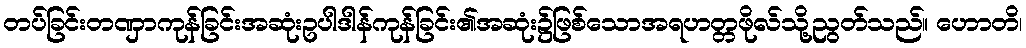
တပ်ခြင်းတဏှာကုန်ခြင်းအဆုံးဥပါဒါန်ကုန်ခြင်း၏အဆုံး၌ဖြစ်သောအရဟတ္တဖိုလ်သို့ညွတ်သည်။ ဟောတိ၊